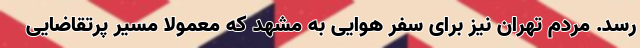
رسد. مردم تهران نیز برای سفر هوایی به مشهد که معمولا مسیر پرتقاضایی